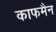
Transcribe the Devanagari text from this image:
काफमैन